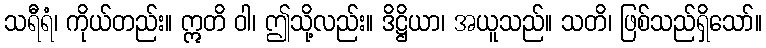
သရီရံ၊ ကိုယ်တည်း။ ဣတိ ဝါ၊ ဤသို့လည်း။ ဒိဋ္ဌိယာ၊ အယူသည်။ သတိ၊ ဖြစ်သည်ရှိသော်။